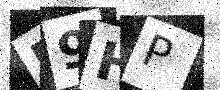
Text: R9HP